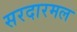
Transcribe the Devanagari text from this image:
सरदारमल